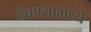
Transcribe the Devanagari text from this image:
ठेवण्यामध्ये